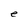
Character: e